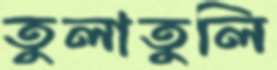
তুলাতুলি